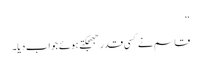
‘‘
قاسم نے کسی قدر جھجکتے ہوئے جواب دیا۔